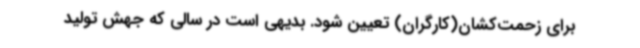
برای زحمت‌کشان(کارگران) تعیین شود. بدیهی است در سالی که جهش تولید